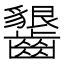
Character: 𱌦